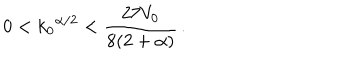
0 < { k _ { 0 } } ^ { \alpha / 2 } < \frac { 2 7 V _ { 0 } } { 8 ( 2 + \alpha ) } \, .